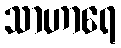
သာဟာရေ